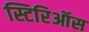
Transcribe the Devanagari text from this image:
स्टिरिऑस